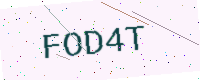
Text: FOD4T